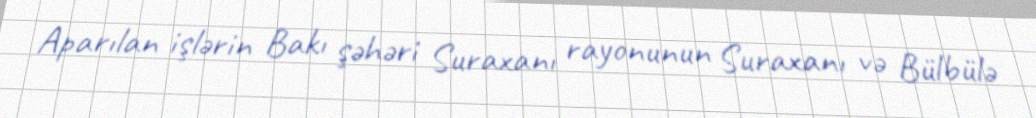
Aparılan işlərin Bakı şəhəri Suraxanı rayonunun Suraxanı və Bülbülə